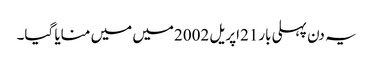
یہ دن پہلی بار21اپریل 2002میں میں منایا گیا۔